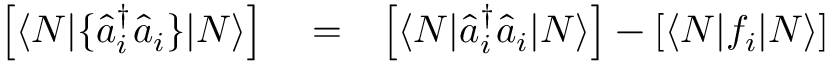
\begin{array} { r l r } { \left[ \langle N | \{ \hat { a } _ { i } ^ { \dagger } \hat { a } _ { i } \} | N \rangle \right] } & { { } = } & { \left[ \langle N | \hat { a } _ { i } ^ { \dagger } \hat { a } _ { i } | N \rangle \right] - \left[ \langle N | f _ { i } | N \rangle \right] } \end{array}